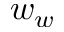
w _ { w }